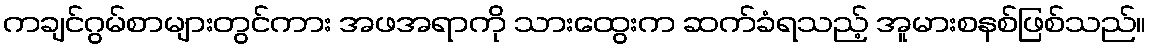
ကချင်ဂွမ်စာများတွင်ကား အဖအရာကို သားထွေးက ဆက်ခံရသည့် အူမားစနစ်ဖြစ်သည်။